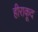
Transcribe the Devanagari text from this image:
हीराकूद